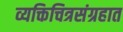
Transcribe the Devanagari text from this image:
व्यक्तिचित्रसंग्रहात